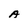
Character: A